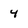
Character: 4